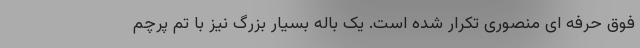
فوق حرفه ای منصوری تکرار شده است. یک باله بسیار بزرگ نیز با تم پرچم